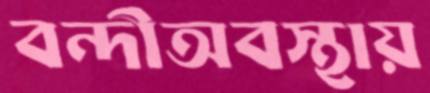
বন্দীঅবস্থায়